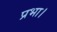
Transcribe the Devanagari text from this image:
प्रभा।